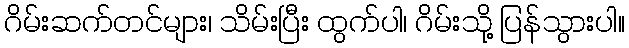
ဂိမ်းဆက်တင်များ၊ သိမ်းပြီး ထွက်ပါ၊ ဂိမ်းသို့ ပြန်သွားပါ။